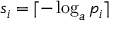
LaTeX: s _ { i } = \lceil - \log _ { a } p _ { i } \rceil